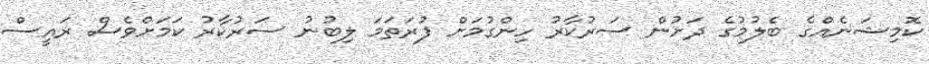
ކޮމިޝަނެއްގެ ބެލުމުގެ ދަށުން ސަރުކާރު ހިންގުމަށް ފުރަތަމަ ލިބުނު ސަރުކާރު ކަމަށްވެސް ރައީސް